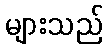
များသည်